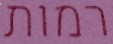
רמות